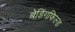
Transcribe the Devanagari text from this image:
बेडिंगफिल्ड